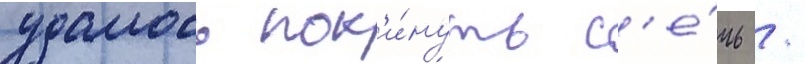
удалось пок'и́нуть с'е́чь /